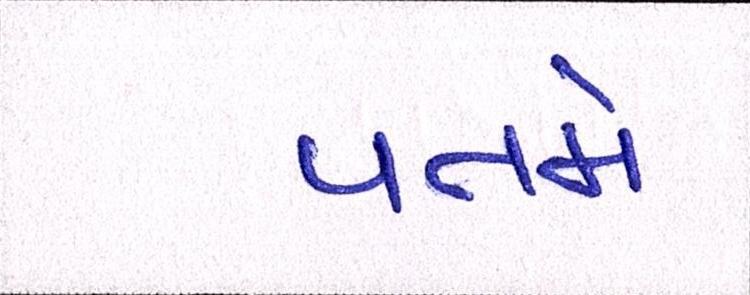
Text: પતમે